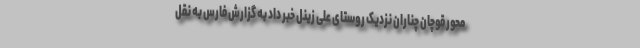
محور قوچان چناران نزدیک روستای علی زینل خبر داد به گزارش فارس به نقل